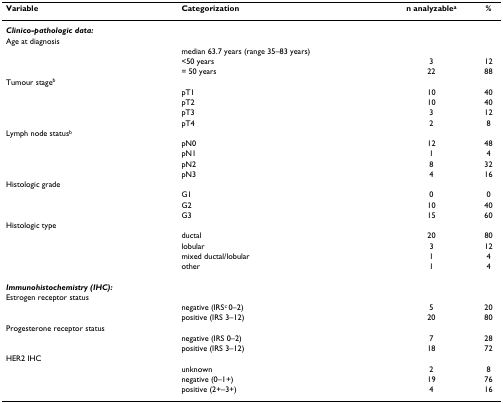
| Variable | Categorization | n analyzablea | % |
 | --- | --- | --- | --- |
 | Clinico-pathologic data: |  |  |  |
 | Age at diagnosis |  |  |  |
 |  | median 63.7 years (range 35–83 years) |  |  |
 |  | <50 years | 3 | 12 |
 |  | = 50 years | 22 | 88 |
 | Tumour stageb |  |  |  |
 |  | pT1 | 10 | 40 |
 |  | pT2 | 10 | 40 |
 |  | pT3 | 3 | 12 |
 |  | pT4 | 2 | 8 |
 | Lymph node statusb |  |  |  |
 |  | pN0 | 12 | 48 |
 |  | pN1 | 1 | 4 |
 |  | pN2 | 8 | 32 |
 |  | pN3 | 4 | 16 |
 | Histologic grade |  |  |  |
 |  | G1 | 0 | 0 |
 |  | G2 | 10 | 40 |
 |  | G3 | 15 | 60 |
 | Histologic type |  |  |  |
 |  | ductal | 20 | 80 |
 |  | lobular | 3 | 12 |
 |  | mixed ductal/lobular | 1 | 4 |
 |  | other | 1 | 4 |
 | Immunohistochemistry (IHC): |  |  |  |
 | Estrogen receptor status |  |  |  |
 |  | negative (IRSc 0–2) | 5 | 20 |
 |  | positive (IRS 3–12) | 20 | 80 |
 | Progesterone receptor status |  |  |  |
 |  | negative (IRS 0–2) | 7 | 28 |
 |  | positive (IRS 3–12) | 18 | 72 |
 | HER2 IHC |  |  |  |
 |  | unknown | 2 | 8 |
 |  | negative (0–1+) | 19 | 76 |
 |  | positive (2+–3+) | 4 | 16 |